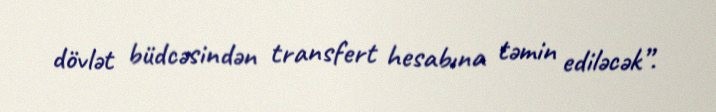
dövlət büdcəsindən transfert hesabına təmin ediləcək”.